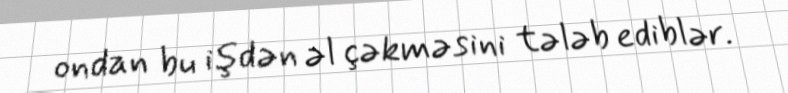
ondan bu işdən əl çəkməsini tələb ediblər.